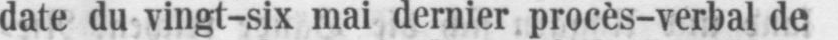
date du vingt-six mai dernier procès-verbal de